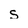
Character: s